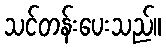
သင်တန်းပေးသည်။